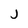
Character: j